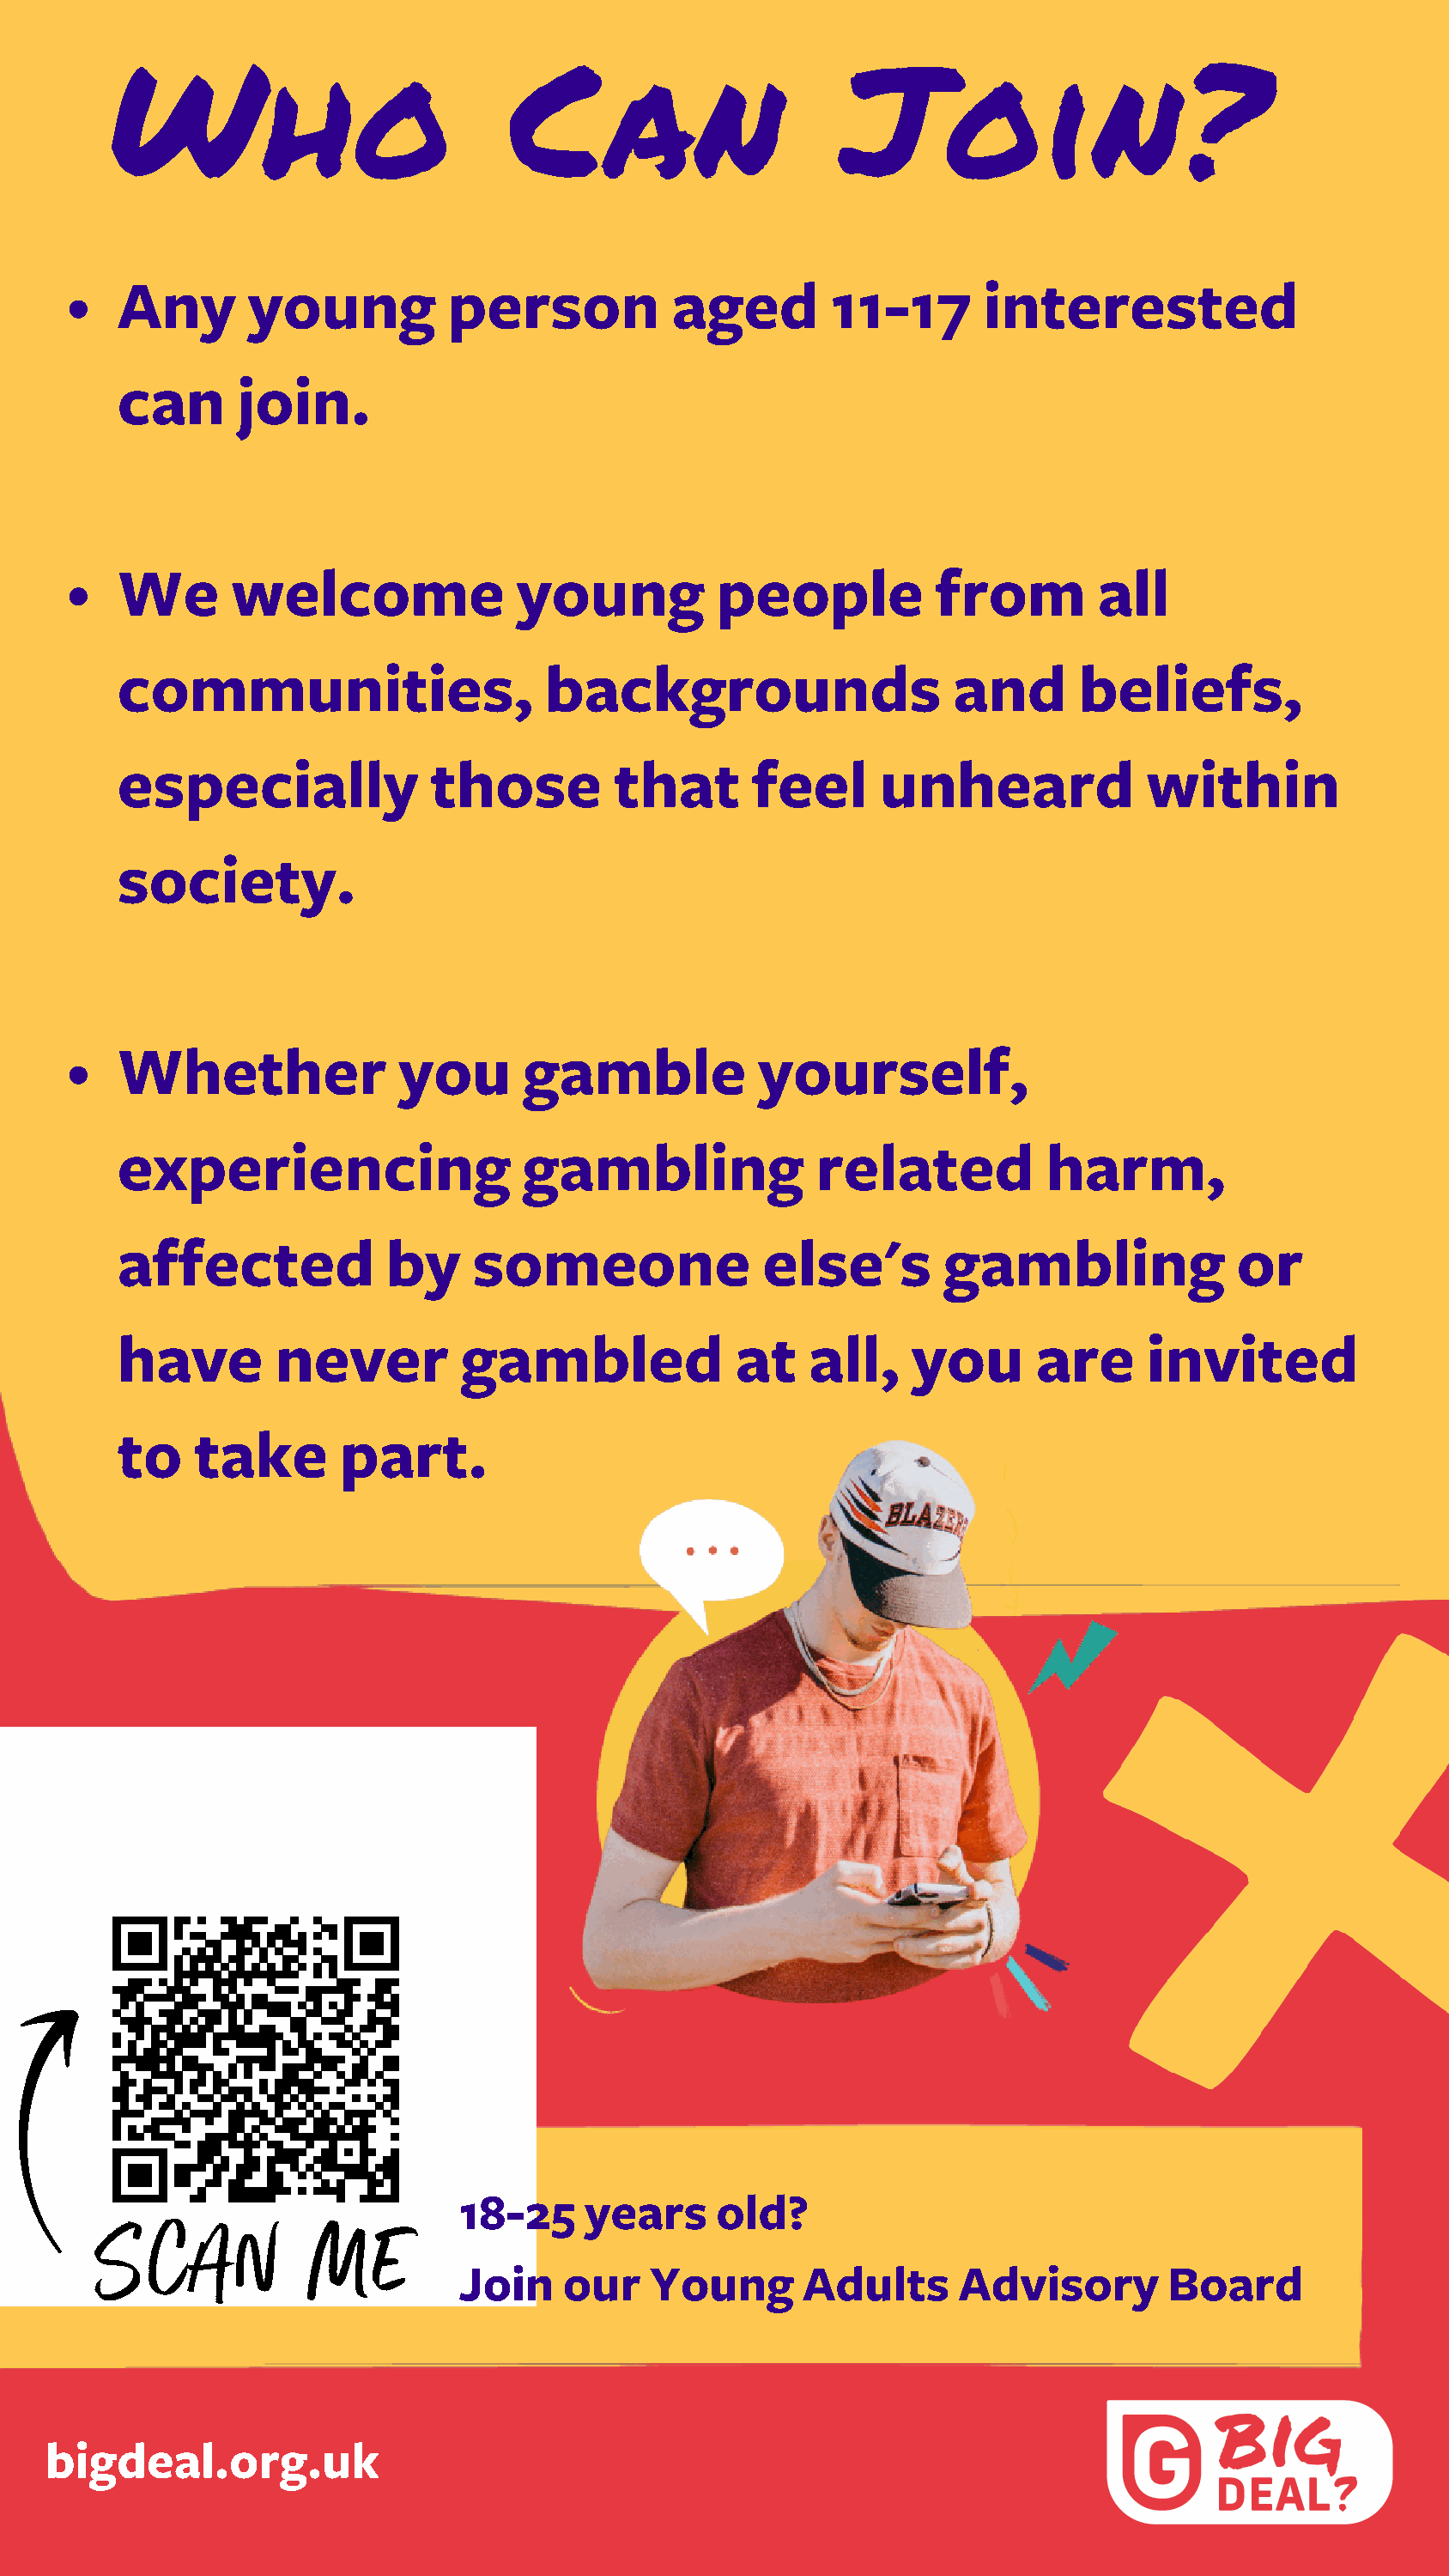
Who                            Can                       Join?
 Any       young           person           aged        11-17       interested
 can      join.
 We       welcome               young          people           from         all
 communities,                     backgrounds                    and       beliefs,
 especially              those         that       feel      unheard             within
 society.
 Whether               you      gamble            yourself,
 experiencing                   gambling               related           harm,
 affected             by    someone                else's        gambling              or
 have        never          gambled              at   all,    you       are     invited
 to    take       part.
 18-25     years     old?
 Join    our    Young       Adults      Advisory        Board
 bigdeal.org.uk